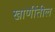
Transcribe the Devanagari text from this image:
खाणींतील